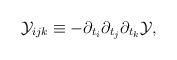
LaTeX: \begin{align*}{\cal Y}_{ijk}\equiv -\partial_{t_{i}}\partial_{t_{j}}\partial_{t_{k}}{\cal Y},\end{align*}